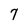
Character: 7